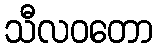
သီလဝတော